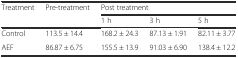
| Treatment | Pre-treatment | <COLSPAN=3> Post treatment |
 |  |  | 1 h | 3 h | 5 h |
 | --- | --- | --- | --- | --- |
 | Control | 113.5 ± 14.4 | 168.2 ± 24.3 | 87.13 ± 1.91 | 82.11 ± 3.77 |
 | AEF | 86.87 ± 6.75 | 155.5 ± 13.9 | 91.03 ± 6.90 | 138.4 ± 12.2 |